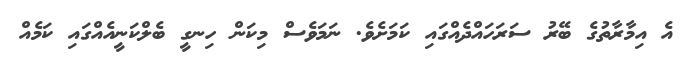
އެ އިމާރާތުގެ ބޭރު ސަރަހައްދެއްގައި ކަމަށެވެ. ނަމަވެސް މިކަން ހިނގީ ބެލްކަނީއެއްގައި ކަމެއް